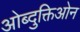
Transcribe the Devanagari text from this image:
ओब्दुक्तिओन